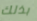
بذلك